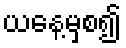
ယနေ့မှစ၍